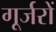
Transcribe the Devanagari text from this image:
गूर्जरों